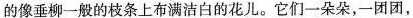
的像垂柳一般的枝条上布满洁白的花儿。它们一朵朵，一团团